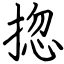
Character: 㧾